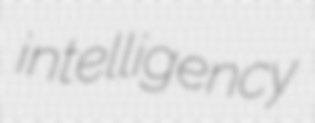
intelligency